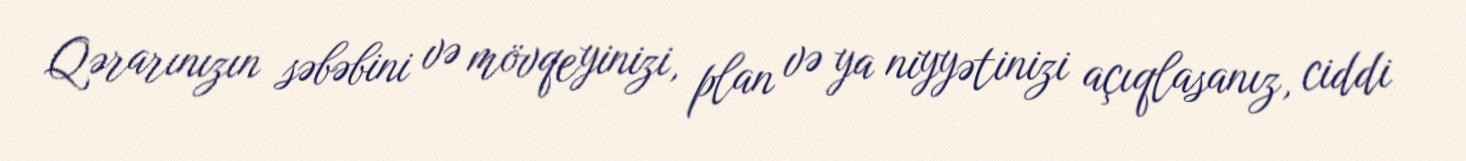
Qərarınızın səbəbini və mövqeyinizi, plan və ya niyyətinizi açıqlasanız, ciddi